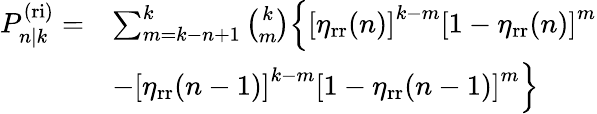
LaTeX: \begin{array}{rl}{P_{n|k}^{\mathrm{(ri)}}=}&{\sum_{m=k-n+1}^{k}\binom{k}{m}\Big\{ \left[\eta_{\mathrm{rr}}(n)\right]^{k-m}\left[1-\eta_{\mathrm{rr}}(n)\right]^{m}}\\ &{-\left[\eta_{\mathrm{rr}}(n-1)\right]^{k-m}\left[1-\eta_{\mathrm{rr}}(n-1)\right]^{m}\Big\} }\end{array}